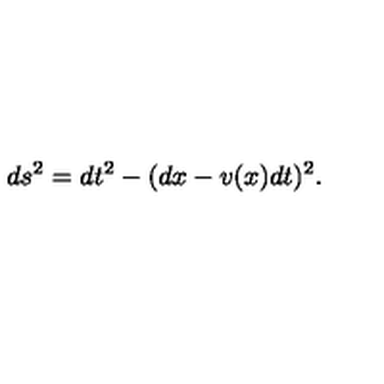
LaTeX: d s ^ { 2 } = d t ^ { 2 } - ( d x - v ( x ) d t ) ^ { 2 } .